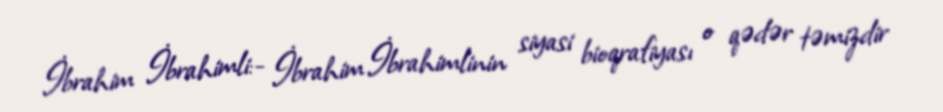
İbrahim İbrahimli:- İbrahim İbrahimlinin siyasi bioqrafiyası o qədər təmizdir